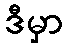
ဒီမှာ